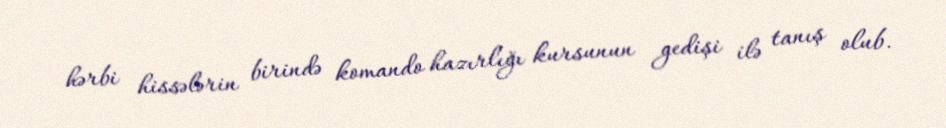
hərbi hissələrin birində komando hazırlığı kursunun gedişi ilə tanış olub.